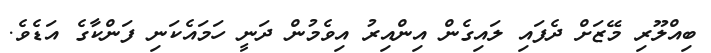
ބިއްލޫރި މޭޒަށް ދެފައި ލައިގެން އިންއިރު އިވެމުން ދަނީ ހަމައެކަނި ފަންކާގެ އަޑެވެ.